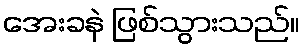
အေးခနဲ ဖြစ်သွားသည်။